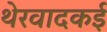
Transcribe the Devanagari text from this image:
थेरवादकई